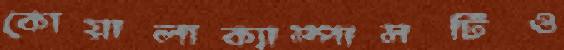
কোয়ালাক্যাম্পাসটিও